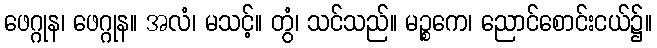
ဖေဂ္ဂုန၊ ဖေဂ္ဂုန။ အလံ၊ မသင့်။ တွံ၊ သင်သည်။ မဉ္စကေ၊ ညောင်စောင်းငယ်၌။